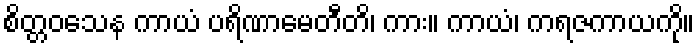
စိတ္တဝသေန ကာယံ ပရိဏာမေတီတိ၊ ကား။ ကာယံ၊ ကရဇကာယကို။